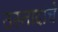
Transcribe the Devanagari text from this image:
उस्तादांचे